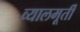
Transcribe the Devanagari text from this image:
व्यालमूर्ती